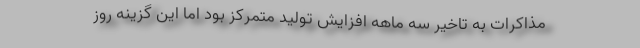
مذاکرات به تاخیر سه ماهه افزایش تولید متمرکز بود اما این گزینه روز